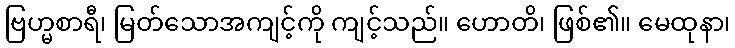
ဗြဟ္မစာရီ၊ မြတ်သောအကျင့်ကို ကျင့်သည်။ ဟောတိ၊ ဖြစ်၏။ မေထုနာ၊